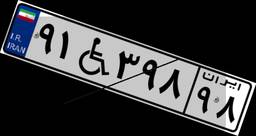
۹۱W۳۹۸۹۸